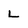
Character: L